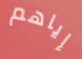
إياهم